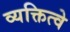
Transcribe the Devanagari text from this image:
व्यक्तित्वे